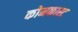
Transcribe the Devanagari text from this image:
कोमकास्ट